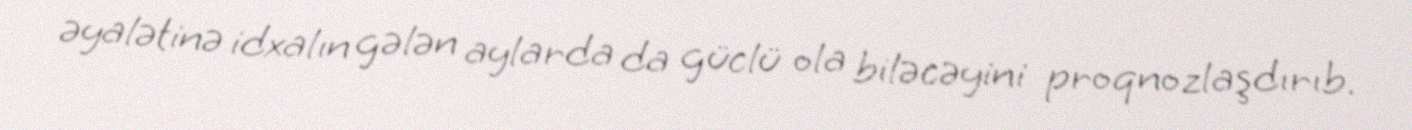
əyalətinə idxalın gələn aylarda da güclü ola biləcəyini proqnozlaşdırıb.